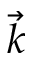
\Vec { k }